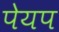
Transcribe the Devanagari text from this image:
पेयप